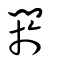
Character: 閼